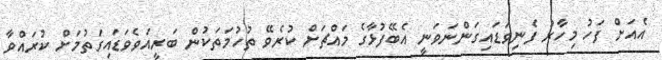
އެއަށް ފަހު މިހާރު ފެނިވަޑައިގަންނަވަނީ އެބޭފުޅާގެ މައްޗަށް ކުރެވޭ ތުހުމަތަކުން ބަރީއަވެވަޑައިގަތުމަށް ކުރައްވާ